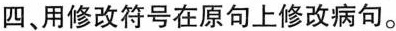
四、用修改符号在原句上修改病句。